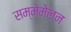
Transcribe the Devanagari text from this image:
सम्मेमेलन